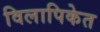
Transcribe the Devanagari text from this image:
विलापिकेत